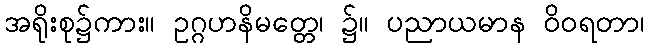
အရိုးစု၌ကား။ ဥဂ္ဂဟနိမတ္တေ၊ ၌။ ပညာယမာန ဝိဝရတာ၊